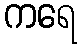
ကရေ